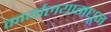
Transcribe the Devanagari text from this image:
कार्यालयामधून